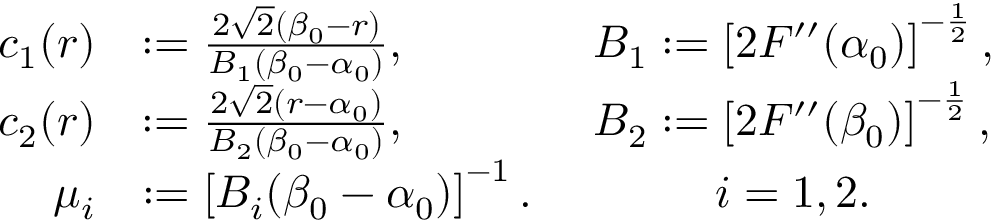
\begin{array} { r l } { c _ { 1 } ( r ) } & { : = \frac { 2 \sqrt 2 ( \beta _ { 0 } - r ) } { B _ { 1 } ( \beta _ { 0 } - \alpha _ { 0 } ) } , \qquad \qquad B _ { 1 } : = \left[ 2 F ^ { \prime \prime } ( \alpha _ { 0 } ) \right] ^ { - \frac 1 2 } , } \\ { c _ { 2 } ( r ) } & { : = \frac { 2 \sqrt 2 ( r - \alpha _ { 0 } ) } { B _ { 2 } ( \beta _ { 0 } - \alpha _ { 0 } ) } , \qquad \qquad B _ { 2 } : = \left[ 2 F ^ { \prime \prime } ( \beta _ { 0 } ) \right] ^ { - \frac 1 2 } , } \\ { \mu _ { i } } & { : = \left[ B _ { i } ( \beta _ { 0 } - \alpha _ { 0 } ) \right] ^ { - 1 } . \qquad \qquad i = 1 , 2 . } \end{array}